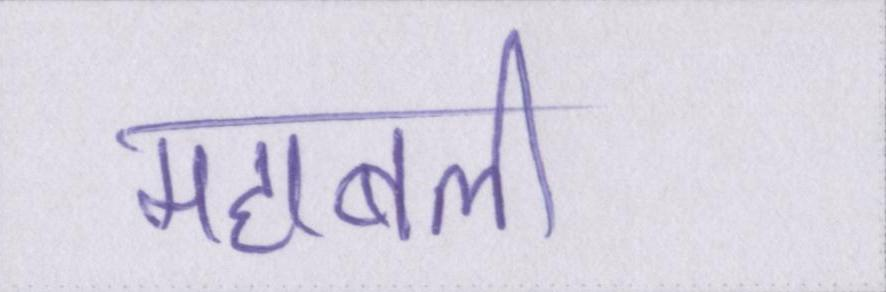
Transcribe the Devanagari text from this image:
महाबली